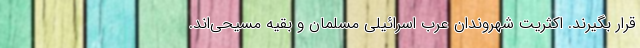
قرار بگیرند. اکثریت شهروندان عرب اسرائیلی مسلمان و بقیه مسیحی‌اند.